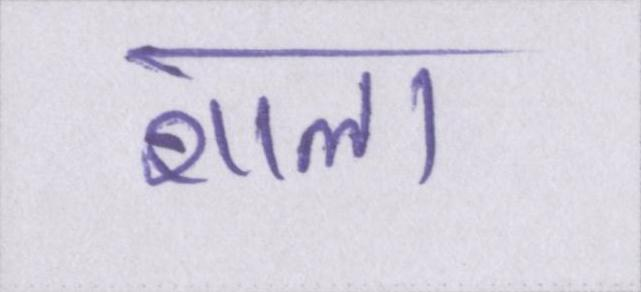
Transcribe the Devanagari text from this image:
शाला